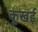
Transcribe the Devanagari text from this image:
कूखई